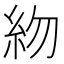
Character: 𥾸